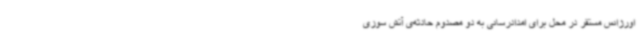
اورژانس مستقر در محل برای امدادرسانی به دو مصدوم حادثه‌ی آتش سوزی